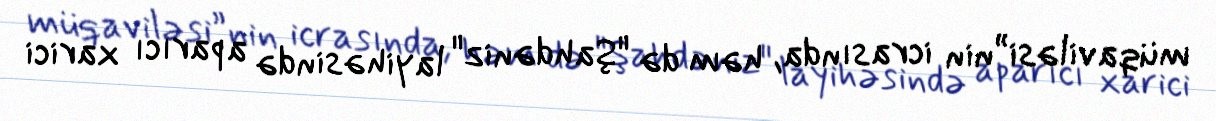
müqaviləsi”nin icrasında, həm də "Şahdəniz" layihəsində aparıcı xarici